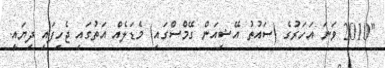
"2010 ވަނަ އަހަރުގެ (ސައުތު އޭޝިއަން ގޭމްސްގައި) މެޑަލެއް އަތުގައި ޖެހިފައި ދިޔައީ.